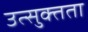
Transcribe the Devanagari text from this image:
उत्सुक्तता